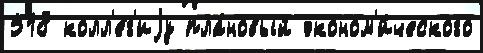
518 колл'е́г'иjу пла́новый эконом'и́ческого